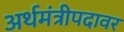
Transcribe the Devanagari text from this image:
अर्थमंत्रीपदावर